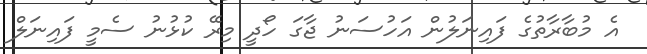
އެ މުބާރާތުގެ ފައިނަލުން އަހުސަނު ޖާގަ ހޯދީ މިރޭ ކުޅުނު ސެމީ ފައިނަލް